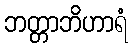
ဘတ္တာဘိဟာရံ